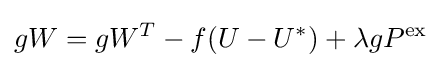
gW=gW^{T}-f(U-U^{*})+\lambda gP^{\text{ex}}